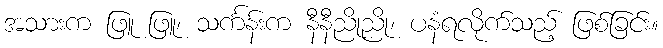
အသားက ဖြူ ဖြူ၊ သင်္ကန်းက နီနီညိုညို၊ ပနံရလိုက်သည့် ဖြစ်ခြင်း။